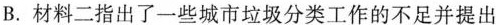
B.材料二指出了一些城市垃圾分类工作的不足并提出